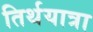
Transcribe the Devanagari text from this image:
तिर्थयात्रा